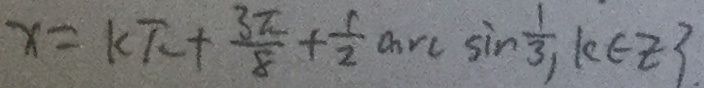
x = k \pi + \frac { 3 \pi } { 8 } + \frac { 1 } { 2 } \arcsin \sin \frac { 1 } { 3 } , k \in z 3